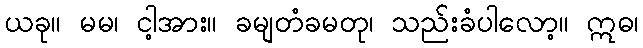
ယခု။ မမ၊ ငါ့အား။ ခမျတံခမတု၊ သည်းခံပါလော့။ ဣဓ၊